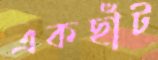
একছাঁট